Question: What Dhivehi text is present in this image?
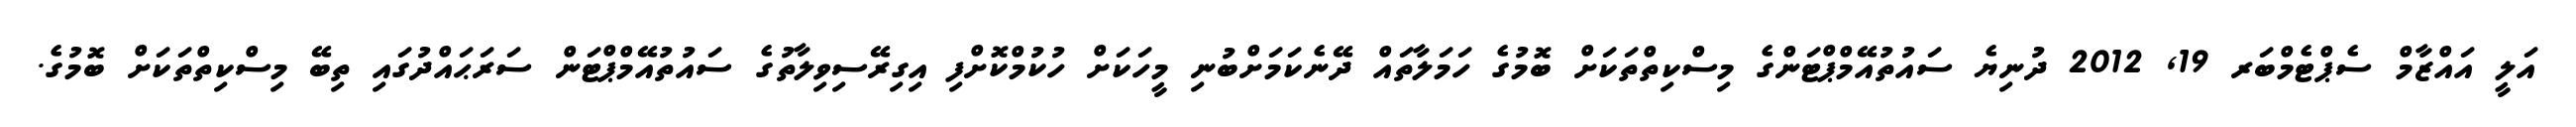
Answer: އަލީ އައްޒާމް ސެޕްޓެމްބަރ 19, 2012 ދުނިޔެ ސައުތުއޭމްޕްޓަންގެ މިސްކިތްތަކަށް ބޮމުގެ ހަމަލާތައް ދޭނެކަމަށްބުނި މީހަކަށް ހުކުމްކޮށްފި އިގިރޭސިވިލާތުގެ ސައުތުއޭމްޕްޓަން ސަރަޙައްދުގައި ތިބޭ މިސްކިތްތަކަށް ބޮމުގެ.